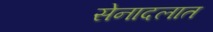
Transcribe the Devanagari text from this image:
सेनादलात